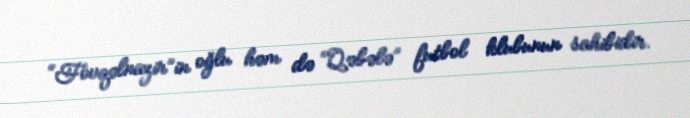
“Fövqəlnazir”in oğlu həm də “Qəbələ” futbol klubunun sahibidir.